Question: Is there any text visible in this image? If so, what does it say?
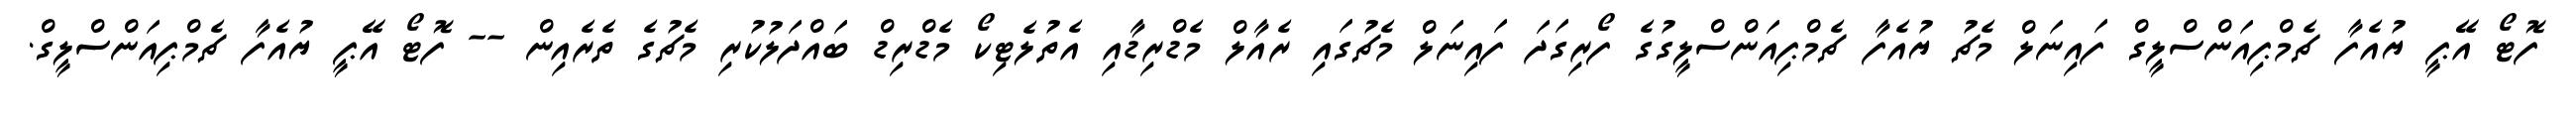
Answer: ފޮޓޯ އޭޕީ ޔުއެފާ ޗެމްޕިއަންސްލީގް ފައިނަލް މެޗު ޔުއެފާ ޗެމްޕިއަންސްލީގުގެ ފޯރިގަދަ ފައިނަލް މެޗުގައި ރެއާލް މެޑްރިޑާއި އެތުލެޓިކޯ މެޑްރިޑް ބައްދަލުކުރި މެޗުގެ ތެރެއިން -- ފޮޓޯ އޭޕީ ޔުއެފާ ޗެމްޕިއަންސްލީގް.